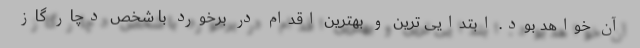
آن خواهد بود. ابتدایی ترین و بهترین اقدام در برخورد با شخص دچار گاز